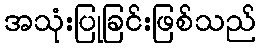
အသုံးပြုခြင်းဖြစ်သည်